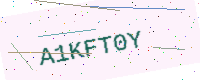
Text: A1KFT0Y